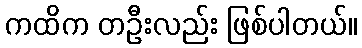
ကထိက တဦးလည်း ဖြစ်ပါတယ်။